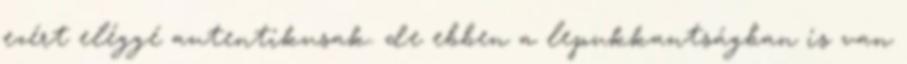
ezért eléggé autentikusak. de ebben a lepukkantságban is van